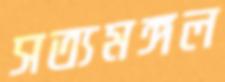
সত্যমঙ্গল